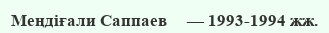
Меңдіғали Саппаев     — 1993-1994 жж.